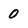
Character: 0